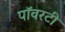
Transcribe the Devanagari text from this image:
पॉवरटी